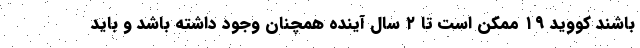
باشند کووید ۱۹ ممکن است تا ۲ سال آینده همچنان وجود داشته باشد و باید